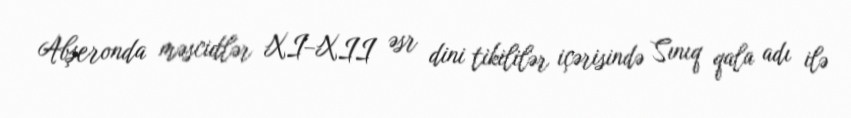
Abşeronda məscidlər XI–XII əsr dini tikililər içərisində Sınıq qala adı ilə